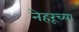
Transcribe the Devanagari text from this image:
नेहरूच्या